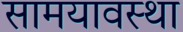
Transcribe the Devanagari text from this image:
सामयावस्था